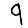
Digit: 9